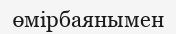
өмірбаянымен